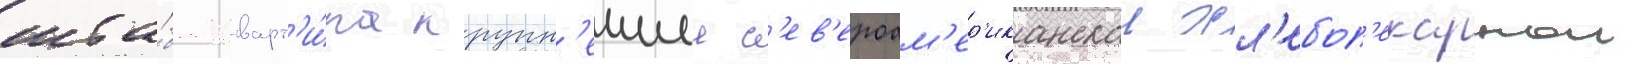
шта́б-кварт'и́ра крупн'еишеи с'ев'ероам'ер'иканскои хл'ебоп'екарнои